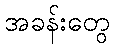
အခန်းတွေ